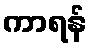
ကာရန်